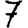
Digit: 7